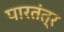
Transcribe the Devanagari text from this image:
पारतंत्र